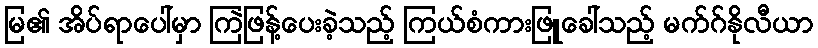
မြ၏ အိပ်ရာပေါ်မှာ ကြဲဖြန့်ပေးခဲ့သည့် ကြယ်စံကားဖြူခေါ်သည့် မက်ဂ်နိုလီယာ